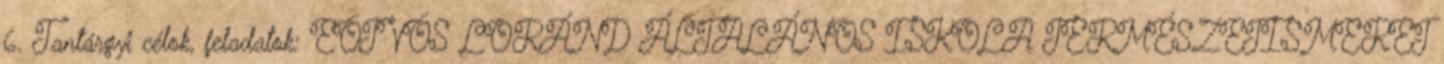
6. Tantárgyi célok, feladatok: EÖTVÖS LORÁND ÁLTALÁNOS ISKOLA TERMÉSZETISMERET